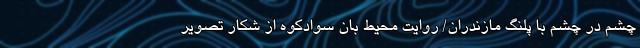
چشم در چشم با پلنگ مازندران/ روایت محیط بان سوادکوه از شکار تصویر